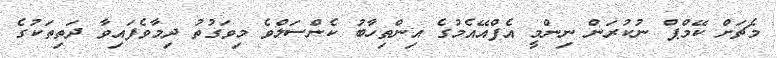
މެޗަށް ކޭމްޕް ނުކުރަން ނިންމީ އެފްއޭއެމުގެ އިންތިހާބު ކެންސަލްވެ މިވަގުތު ދިމާވެފައިވާ ދަތިތަކުގެ